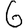
Digit: 6